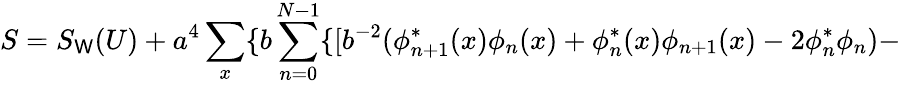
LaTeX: S=S_{\mathsf{W}}(U)+a^{4}\sum_{x}\{ b\sum_{n=0}^{N-1}\{ [b^{-2}(\phi_{n+1}^{*}(x)\phi_{n}(x)+\phi_{n}^{*}(x)\phi_{n+1}(x)-2\phi_{n}^{*}\phi_{n})-